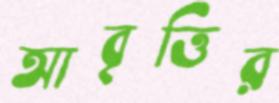
আবৃত্তির